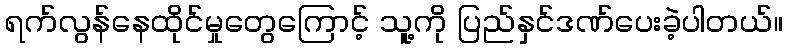
ရက်လွန်နေထိုင်မှုတွေကြောင့် သူ့ကို ပြည်နှင်ဒဏ်ပေးခဲ့ပါတယ်။